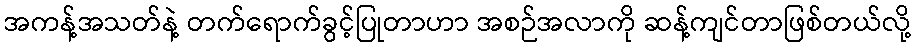
အကန့်အသတ်နဲ့ တက်ရောက်ခွင့်ပြုတာဟာ အစဉ်အလာကို ဆန့်ကျင်တာဖြစ်တယ်လို့